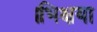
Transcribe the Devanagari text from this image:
।भिक्षया